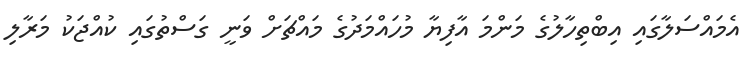
އެމައްސަލާގައި އިބްތިހާލުގެ މަންމަ އާފިޔާ މުހައްމަދުގެ މައްޗަށް ވަނީ ގަސްތުގައި ކުއްޖަކު މަރާލި